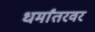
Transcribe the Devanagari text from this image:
धर्मांतरवर